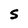
Character: S